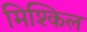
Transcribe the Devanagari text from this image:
मिश्किल